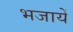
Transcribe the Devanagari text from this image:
भजायें